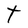
Character: t